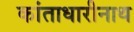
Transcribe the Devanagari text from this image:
कांताधारीनाथ